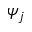
\psi _ { j }